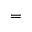
=